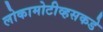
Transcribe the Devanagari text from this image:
लोकामोटीव्हसकडे